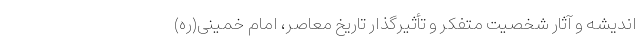
اندیشه و آثار شخصیت متفکر و تأثیرگذار تاریخ معاصر، امام خمینی(ره)